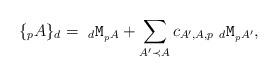
LaTeX: \begin{align*}\{ _p A\}_d = \ _d\texttt{M}_{_pA} + \sum_{A' \prec A} c_{A', A, p} \ _{d} \texttt{M}_{_pA'},\end{align*}